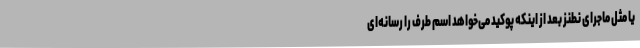
یا مثل ماجرای نطنز بعد از اینکه پوکید می‌خواهد اسم طرف را رسانه‌ای